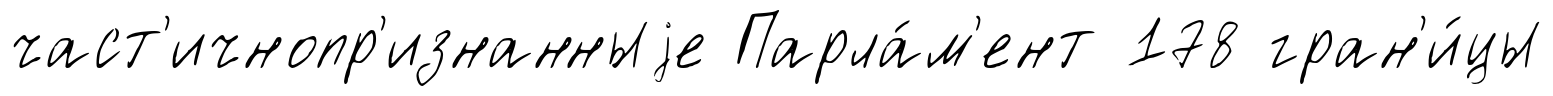
част'ичнопр'изнанныjе Парла́м'ент 178 гран'и́цы